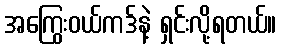
အကြွေးဝယ်ကဒ်နဲ့ ရှင်းလို့ရတယ်။